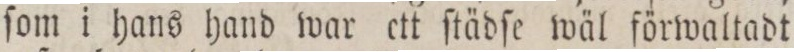
ſom i hans hand war ett ſtädſe wäl förwaltadt